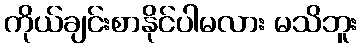
ကိုယ်ချင်းစာနိုင်ပါမလား မသိဘူး